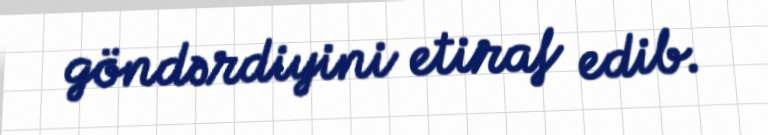
göndərdiyini etiraf edib.